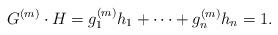
LaTeX: \begin{align*} G^{(m)}\cdot H= g_1^{(m)}h_1+\cdots+ g_n^{(m)} h_n=1. \end{align*}